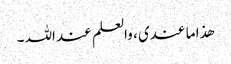
ھذا ما عندی ، والعلم عند اللہ ۔